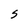
Character: S